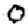
Digit: 0